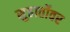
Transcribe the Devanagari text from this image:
सुहार्तोवर